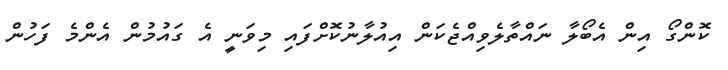
ކޮންގޯ އިން އެބޯލާ ނައްތާލެވިއްޖެކަން އިއުލާނުކޮށްފައި މިވަނީ އެ ގައުމުން އެންމެ ފަހުން